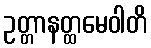
ဥတ္တာနတ္ထမေဝါတိ